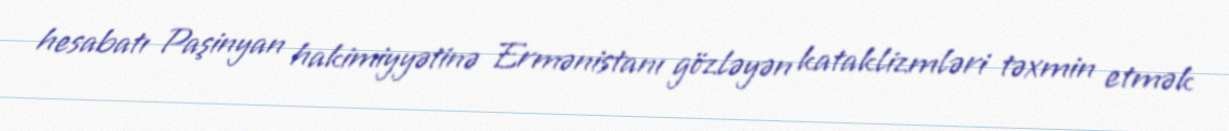
hesabatı Paşinyan hakimiyyətinə Ermənistanı gözləyən kataklizmləri təxmin etmək